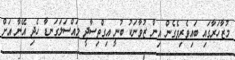
މުޒާހަރާގައި ބައިވެރިވެގެން އިން ޒުވާނަކު ބުނީ އިގްތިސާދީ މައްސަލަގަނޑާ ހެދި އޭނާ އަށް